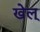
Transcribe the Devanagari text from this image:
खेल्